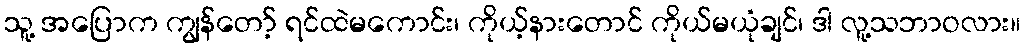
သူ့ အပြောက ကျွန်တော့် ရင်ထဲမကောင်း၊ ကိုယ့်နားတောင် ကိုယ်မယုံချင်၊ ဒါ လူ့သဘာဝလား။